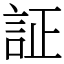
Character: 証